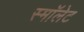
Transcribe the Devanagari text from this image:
स्माॅलेट